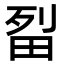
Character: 㽝